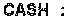
CASH :